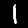
Digit: 1